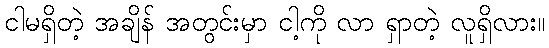
ငါမရှိတဲ့ အချိန် အတွင်းမှာ ငါ့ကို လာ ရှာတဲ့ လူရှိလား။